Medical and sanitary report on the native army of Bombay for the year
Year: 1878
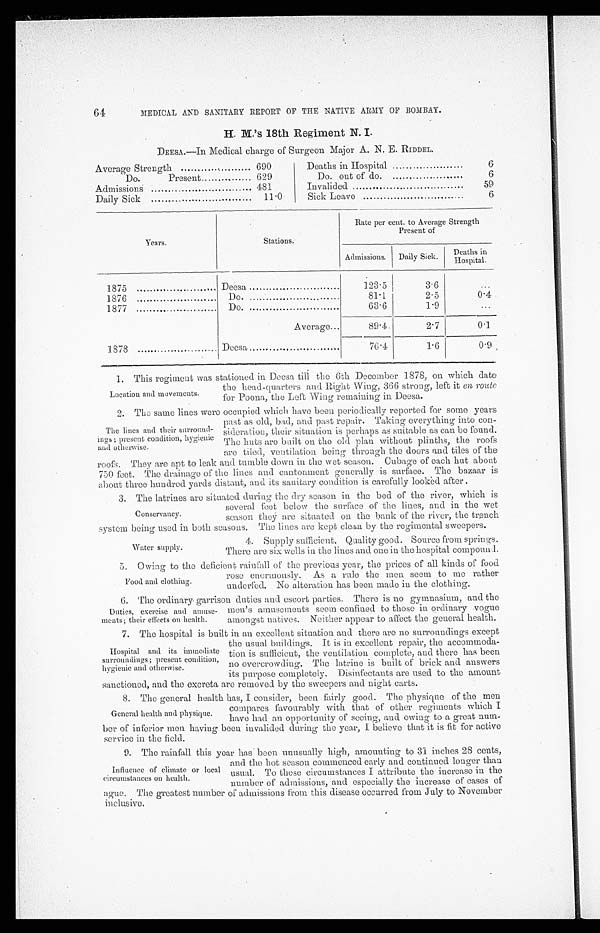
64
MEDICAL AND SANITARY REPORT OF THE NATIVE ARMY OF BOMBAY.
H. M.'s 18th Regiment N. I.
DEESA.—In Medical charge of Surgeon Major A. N. E. RIDDEL.
Average Strength
690
Do.
Present
629
Admissions
481
Daily Sick
11.0
Deaths in Hospital
6
Do. out of do
6
Invalided
59
Sick Leave
6
Years.
Stations.
Rate per cent. to Average Strength
Present of
Admissions.
Daily Sick.
Deaths in
Hospital.
1875
Deesa
123.5
3 . 6
...
1876
Do.
81.1
2.5
0.4
1877 7
Do.
63.6
1.9
...
1878
Average..
89 . 4.
2.7
0.1
Deesa
76 .4
1.6
0.9
1. This regiment was stationed in Deesa till the 6th December 1878, on which date
Location and movements.
the head-quarters and Right Wing, 366 strong, left it en route
for Poona, the Left Wing remaining in Deesa.
2. The same lines were occupied which have been periodically reported for some years
The lines and their surround-
ings; present condition, hygienic
and otherwise.
past as old, bad, and past repair. Taking everything into con-
sideration, their situation is perhaps as suitable as can be found.
The huts are built on the old plan without plinths, the roofs
are tiled, ventilation being through the doors and tiles of the
roofs. They are apt to leak and tumble down in the wet season. Cubage of each hut about
750 foot. The drainage of the lines and cantonment generally is surface. The bazaar is
about three hundred yards distant, and its sanitary condition is carefully looked after .
3. The latrines are situated during the dry season in the bed of the river, which is
Conservancy.
several feet below the surface of the lines, and in the wet
season they are situated on the bank of the river, the trench
system being used in both seasons. The lines are kept clean by the regimental sweepers.
Water supply.
4. Supply sufficient. Quality good. Source from springs.
There are six wells in the lines and one in the hospital compound.
S. Owing to the deficient rainfall of the previous year, the prices of all kinds of food
rose enormously. As a rule the men seem to me rather
underfed. No alteration has been made in the clothing.
6. The ordinary garrison duties and escort parties. There is no gymnasium, and the
Food and clothing.
Duties, exercise and amuse-
ments; their effects on health.
men’s amusements seem confined to those in ordinary vogue
amongst natives. Neither appear to affect the general health.
7. The hospital is built in an excellent situation and there are no surrounding's except
Hospital and its immediate
surroundings; present condition,
hygienic and otherwise.
the usual buildings. It is in excellent repair, the accommoda-
tion is sufficient, the ventilation complete, and there has been
no overcrowding. The latrine is built of brick and. answers
its Purpose completely. Disinfectants are used to the amount
sanctioned, and the excreta are removed by the sweepers and night carts.
8. The general health has, I consider, been fairly good. The physique of the men
General health and physique.
compares favourably with that of other regiments which
have had an opportunity of seeing, and owing to a great num-
her of inferior men having been invalided during the year, I believe that it is fit for active
service in the field.
9. The rainfall this year has been unusually high, amounting to 31 inches 28 cents,
Influence of climate or local
circumstances on health.
and the hot season commenced early and continued longer than
usual. To these circumstances I attribute the increase in the
number of admissions. and especially the increase of cases of
ague. The greatest number of admissions from this disease occurred from July to November
inclusive.